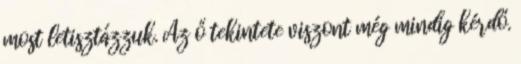
most letisztázzuk. Az ő tekintete viszont még mindig kérdő.